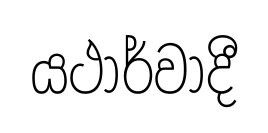
යථාර්වාදී